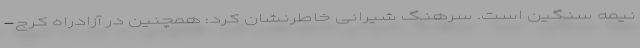
نیمه سنگین است. سرهنگ شیرانی خاطرنشان کرد: همچنین در آزادراه کرج-